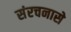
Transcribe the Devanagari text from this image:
संरचनासे